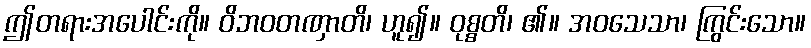
ဤတရားအပေါင်းကို။ ဝိဘဝတဏှာတိ၊ ဟူ၍။ ဝုစ္စတိ၊ ၏။ အဝသေသာ၊ ကြွင်းသော။